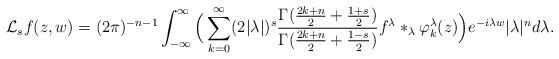
LaTeX: \begin{align*}\mathcal{L}_sf(z,w) = (2\pi)^{-n-1} \int_{-\infty}^\infty \Big( \sum_{k=0}^\infty (2|\lambda|)^s \frac{\Gamma(\frac{2k+n}{2}+\frac{1+s}{2})}{ \Gamma(\frac{2k+n}{2}+\frac{1-s}{2})} f^\lambda*_\lambda \varphi_k^\lambda(z)\Big) e^{-i\lambda w}|\lambda|^n d\lambda.\end{align*}